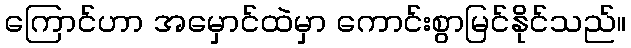
ကြောင်ဟာ အမှောင်ထဲမှာ ကောင်းစွာမြင်နိုင်သည်။